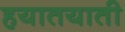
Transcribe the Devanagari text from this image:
हयातयाती